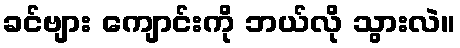
ခင်ဗျား ကျောင်းကို ဘယ်လို သွားလဲ။